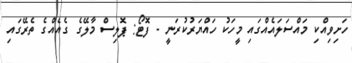
ހަށިވިއްކި މައްސަލައެއްގައި މީހަކު ހައްޔަރުކުރަނީ - ފޮޓޯ: ޕޮލިސް މާލޭގެ ގެއެއްގެ ތެރޭގައި